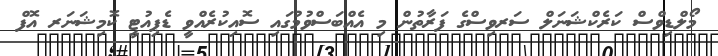
މޯލްޑިވްސް ކަރެކްޝަނަލް ސަރވިސްގެ ފަރާތުން މި އެއްބަސްވުމުގައި ސޮއިކުރެއްވީ ޑެޕިއުޓީ ކޮމިޝަނަރ އޮފް